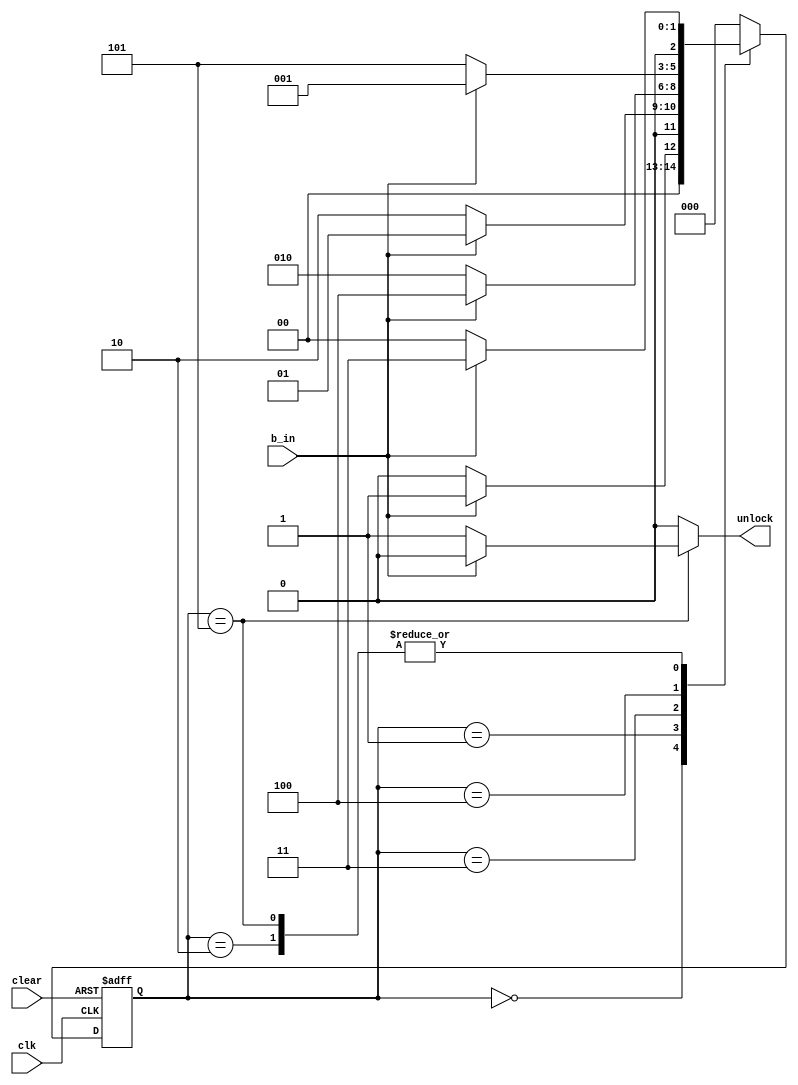
/*
* Digital Lock: 
It is required to implement a digital lock that will accept a specific bit sequence  101100 through an input button b_in serially in synchronism with the negative edge of an input clock, and will generate an unlock signal 1 as output; for any other bit sequence the unlock signal will remain at logic 0.  An active low clear signal is used to asynchronously reset the lock in its initial/default state.
*/






module dlock (unlock, b_in, clear, clk);
  input clk,clear,b_in;
  output reg unlock;
  reg [2:0] ps,ns;
  parameter s0 =3'b000;
  parameter s1 =3'b001;
  parameter s2 =3'b010;
  parameter s3 =3'b011;
  parameter s4 =3'b100;
  parameter s5 =3'b101;
  parameter s6 =3'b110;
  
  always@(negedge clk,negedge clear) begin
    if( !clear)
      		ps=s0;
    else
      		ps=ns;
  end
  
  always@(b_in,ps) begin
 case (ps)
     
      s0: begin ns=(b_in)?s1:s0;
      			unlock = 0;
      end
      s1:begin ns =(!b_in)?s2:s1;
      		   unlock= 0;
      end
      s2:begin 
        ns=(b_in)?s3:s0;
        unlock=0; 
      end
      s3:begin
        ns=(b_in) ?s4:s2;
        unlock=0;
      end
      s4:begin
        ns=(!b_in)?s5:s1;
        unlock =0;
      end
      s5:begin
        ns=(!b_in) ?s0:s3;
        unlock=(!b_in) ?1:0;
      end
      default: begin ns= s0; unlock = 0; end
          endcase
        
  end

  
endmodule